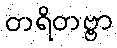
တရိတဗ္ဗာ